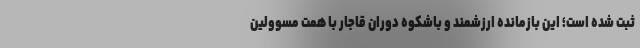
ثبت شده است؛ این بازمانده ارزشمند و باشکوه دوران قاجار با همت مسوولین